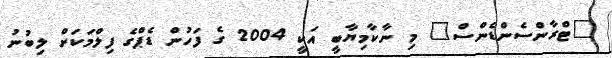
"ޓްރާންސެންޑެންސް" މި ނާކާމިޔާބީ އަކީ 2004 ގެ ފަހުން ޑެޕްގެ ފިލްމަކަށް ލިބުނު